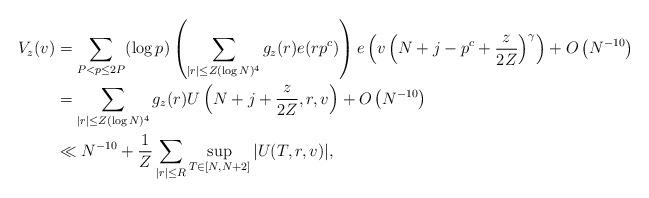
LaTeX: \begin{align*}V_{z}(v)& =\sum_{P<p\leq 2P}(\log p)\left(\sum_{|r|\leq Z(\log N)^{4}}g_{z}(r)e(rp^c)\right) e\left(v\left(N+j-p^{c}+\frac{z}{2Z}\right)^{\gamma}\right)+O\left(N^{-10}\right) \\&=\sum_{|r|\leq Z(\log N)^{4}}g_{z}(r)U\left(N+j+\frac{z}{2Z},r,v\right)+O\left(N^{-10}\right)\\&\ll N^{-10}+\frac{1}{Z}\sum_{|r|\leq R}\sup_{T\in[N,N+2]}|U(T,r,v)|,\end{align*}